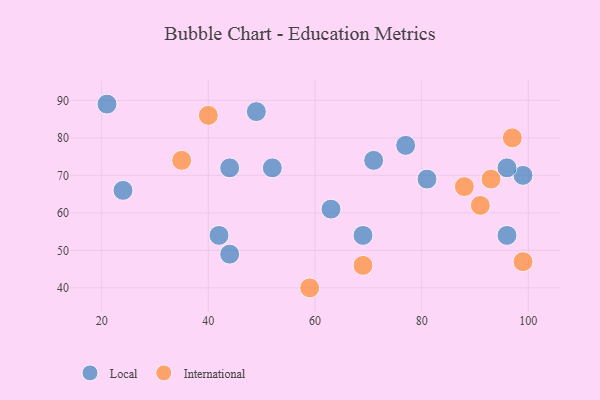
{"axis": {"x": "GDP", "y": "Life Expectancy"}, "legend": ["International", "Local"], "data": [{"x": "21", "y": 89, "type": "Local"}, {"x": "63", "y": 61, "type": "Local"}, {"x": "81", "y": 69, "type": "Local"}, {"x": "44", "y": 49, "type": "Local"}, {"x": "77", "y": 78, "type": "Local"}, {"x": "99", "y": 70, "type": "Local"}, {"x": "49", "y": 87, "type": "Local"}, {"x": "24", "y": 66, "type": "Local"}, {"x": "96", "y": 72, "type": "Local"}, {"x": "52", "y": 72, "type": "Local"}, {"x": "42", "y": 54, "type": "Local"}, {"x": "44", "y": 72, "type": "Local"}, {"x": "69", "y": 54, "type": "Local"}, {"x": "96", "y": 54, "type": "Local"}, {"x": "71", "y": 74, "type": "Local"}, {"x": "69", "y": 46, "type": "International"}, {"x": "91", "y": 62, "type": "International"}, {"x": "35", "y": 74, "type": "International"}, {"x": "97", "y": 80, "type": "International"}, {"x": "88", "y": 67, "type": "International"}, {"x": "99", "y": 47, "type": "International"}, {"x": "93", "y": 69, "type": "International"}, {"x": "40", "y": 86, "type": "International"}, {"x": "59", "y": 40, "type": "International"}]}